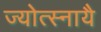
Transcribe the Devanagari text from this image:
ज्योत्स्नायै